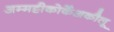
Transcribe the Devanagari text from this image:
अम्मट्टीकोर्केअकौलू